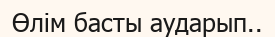
Өлім басты аударып..